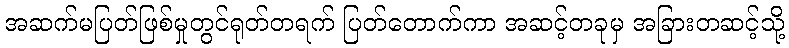
အဆက်မပြတ်ဖြစ်မှုတွင်ရုတ်တရက် ပြတ်တောက်ကာ အဆင့်တခုမှ အခြားတဆင့်သို့